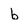
Character: b